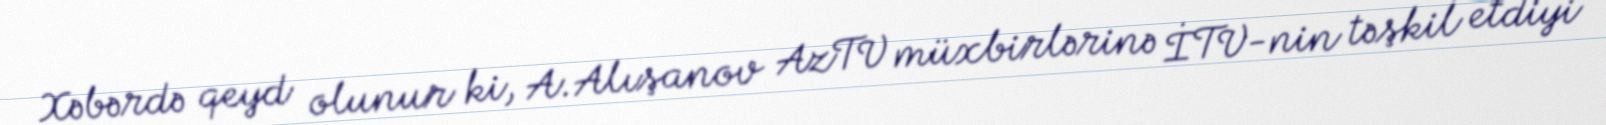
Xəbərdə qeyd olunur ki, A.Alışanov AzTV müxbirlərinə İTV-nin təşkil etdiyi